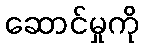
ဆောင်မှုကို